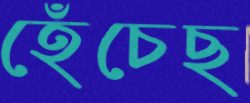
হেঁচেছ